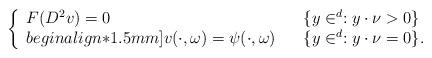
LaTeX: \begin{align*}\left\{\begin{array}{lll}F(D^2v) = 0 & & \{ y\in \real^d: y\cdot\nu > 0\}\\begin{align*}1.5mm]v(\cdot,\omega) = \psi(\cdot,\omega) & & \{ y\in \real^d: y\cdot\nu=0\}.\end{array}\right.\end{align*}